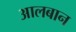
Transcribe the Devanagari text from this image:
आलबान